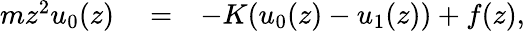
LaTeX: \begin{array}{rlr}{mz^{2}u_{0}(z)}&{{}=}&{-K(u_{0}(z)-u_{1}(z))+f(z),}\end{array}